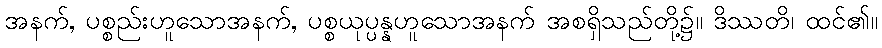
အနက်, ပစ္စည်းဟူသောအနက်, ပစ္စယုပ္ပန္နဟူသောအနက် အစရှိသည်တို့၌။ ဒိဿတိ၊ ထင်၏။